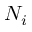
N _ { i }